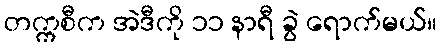
တက္ကစီက အဲဒီကို ၁၁ နာရီ ခွဲ ရောက်မယ်။